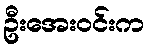
ဦးအေးဝင်းက